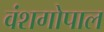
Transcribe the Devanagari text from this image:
वंशगोपाल